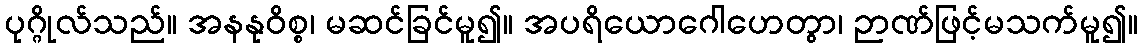
ပုဂ္ဂိုလ်သည်။ အနနုဝိစ္စ၊ မဆင်ခြင်မူ၍။ အပရိယောဂေါဟေတွာ၊ ဉာဏ်ဖြင့်မသက်မူ၍။